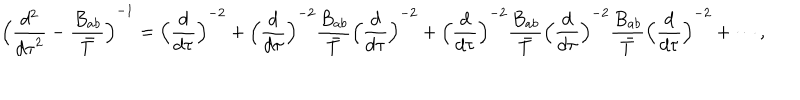
LaTeX: { \Bigl ( { \frac { d ^ { 2 } } { { d \tau } ^ { 2 } } } - { \frac { B _ { a b } } { \bar { T } } } \Bigl ) } ^ { - 1 } = { \Bigl ( { \frac { d } { d \tau } } \Bigr ) } ^ { - 2 } + { \Bigl ( { \frac { d } { d \tau } } \Bigr ) } ^ { - 2 } { \frac { B _ { a b } } { \bar { T } } } { \Bigl ( { \frac { d } { d \tau } } \Bigr ) } ^ { - 2 } + { \Bigl ( { \frac { d } { d \tau } } \Bigr ) } ^ { - 2 } { \frac { B _ { a b } } { \bar { T } } } { \Bigl ( { \frac { d } { d \tau } } \Bigr ) } ^ { - 2 } { \frac { B _ { a b } } { \bar { T } } } { \Bigl ( { \frac { d } { d \tau } } \Bigr ) } ^ { - 2 } + \cdots ,